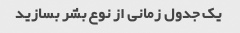
یک جدول زمانی از نوع بشر بسازید